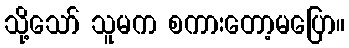
သို့သော် သူမက စကားတော့မပြော။